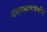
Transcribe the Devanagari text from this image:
पॅराग्लायडर्सचे